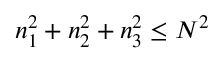
n _ { 1 } ^ { 2 } + n _ { 2 } ^ { 2 } + n _ { 3 } ^ { 2 } \leq N ^ { 2 }